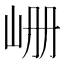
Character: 𪨪